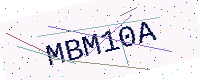
Text: MBM10A